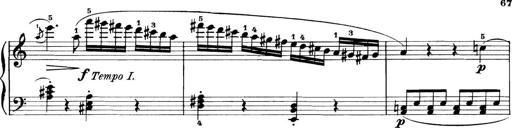
Title: 11 Sonatinas
Composer: Anton Diabelli